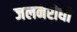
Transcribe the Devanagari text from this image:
जलनरोधी